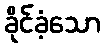
ခိုင်ခံ့သော